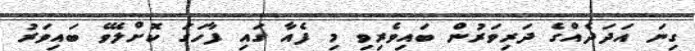
ގިނަ އަދަދެއްގެ ދަރިވަރުން ބައިވެރިވި މި ފެއާ ގައި ފާހަގަ ކޮށްލެވޭ ބައިވަރު